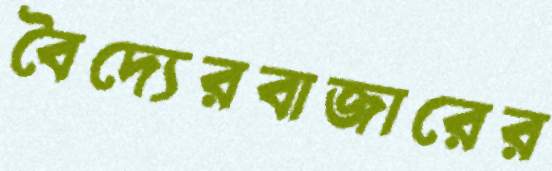
বৈদ্যেরবাজারের